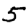
Digit: 5